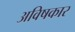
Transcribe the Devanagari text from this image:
अविषकार